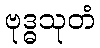
ဗုဒ္ဓသုတံ